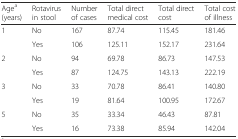
| Agea (years) | Rotavirus in stool | Number of cases | Total direct medical cost | Total direct cost | Total cost of illness |
 | --- | --- | --- | --- | --- | --- |
 | <ROWSPAN=2> 1 | No | 167 | 87.74 | 115.45 | 181.46 |
 | Yes | 106 | 125.11 | 152.17 | 231.64 |
 | <ROWSPAN=2> 2 | No | 94 | 69.78 | 86.73 | 147.53 |
 | Yes | 87 | 124.75 | 143.13 | 222.19 |
 | <ROWSPAN=2> 3 | No | 33 | 70.78 | 86.41 | 140.80 |
 | Yes | 19 | 81.64 | 100.95 | 172.67 |
 | <ROWSPAN=2> 5 | No | 35 | 33.34 | 46.43 | 87.81 |
 | Yes | 16 | 73.38 | 85.94 | 142.04 |